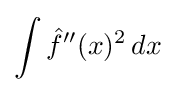
\int {\hat {f}}''(x)^{2}\,dx